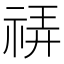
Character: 𰨀